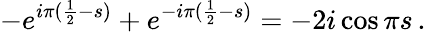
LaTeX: -e^{i\pi(\frac 12-s)}+e^{-i\pi(\frac 12-s)}=-2i\cos\pi s\, .